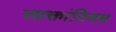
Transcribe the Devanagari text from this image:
लाक्तांतियस